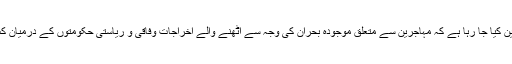
ملاقات ميں اس بات کا تعين کيا جا رہا ہے کہ مہاجرين سے متعلق موجودہ بحران کی وجہ سے اٹھنے والے اخراجات وفاقی و رياستی حکومتوں کے درميان کس طرح تقسيم کيے جائيں۔